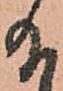
給